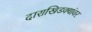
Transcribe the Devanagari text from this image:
दाराखिडक्यांवर